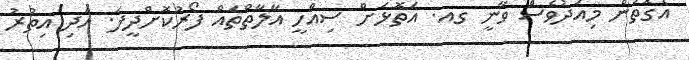
އެގޮތުން މިއަދުވެސް ވާނީ ގއ. އަތޮޅަށް ސިއްހީ އާލާތްތައް ފޯރުކޮށްދީފަ. އަދި އިތުރު